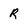
Character: R